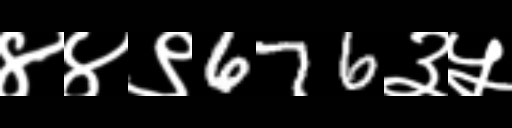
Text: ४४९676३५